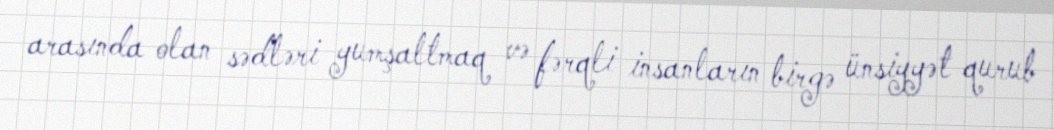
arasında olan sədləri yumşaltmaq və fərqli insanların birgə ünsiyyət qurub